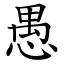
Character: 愚